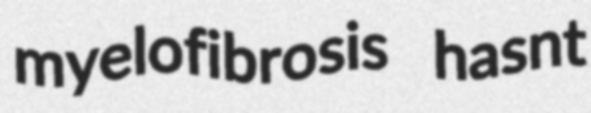
myelofibrosis hasnt